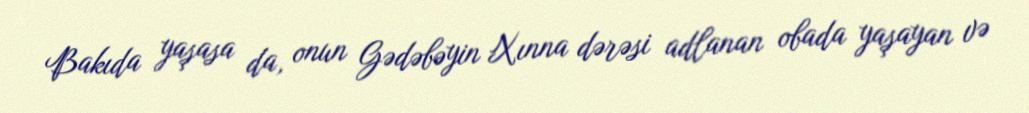
Bakıda yaşasa da, onun Gədəbəyin Xınna dərəsi adlanan obada yaşayan və